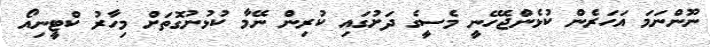
ނޫންނަމަ އަހަރެން ކުޅެންޖެހޭނީ މެސީގެ ދަށުގައި ކުރިން ނޭމާ ކުޅުނުގޮތަށް މިހާރު ކްޓީނިއޯ